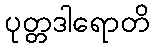
ပုတ္တဒါရောတိ